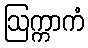
ဩက္ကာကံ